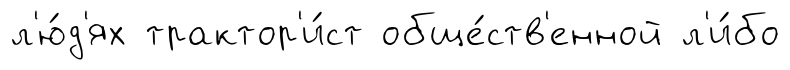
л'ю́д'ях трактор'и́ст обще́ств'енной л'и́бо